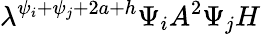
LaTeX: \lambda^{\psi_{i}+\psi_{j}+2a+h}\Psi_{i}A^{2}\Psi_{j}H